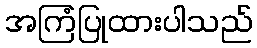
အကြံပြုထားပါသည်